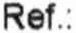
REF. :